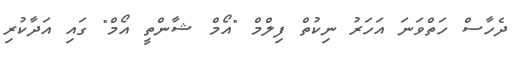
ދެހާސް ހަތްވަނަ އަހަރު ނިކުތް ފިލްމް "އޯމް ޝާންތީ އޯމް" ގައި އަދާކުރި